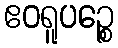
ဧဝရူပဉ္စေ